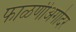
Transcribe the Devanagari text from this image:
फाळणीअगोदर